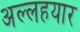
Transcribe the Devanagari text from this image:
अल्लहयार